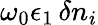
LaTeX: \omega_{0}\epsilon_{1}\, \delta n_{i}